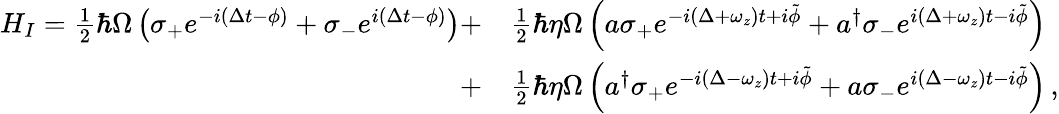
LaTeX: \begin{array}{rl}{H_{I}=\frac{1}{2}\hbar\Omega\left(\sigma_{+}e^{-i(\Delta t-\phi)}+\sigma_{-}e^{i(\Delta t-\phi)}\right)+}&{{}\frac{1}{2}\hbar\eta\Omega\left(a\sigma_{+}e^{-i(\Delta+\omega_{z})t+i\tilde{\phi}}+a^{\dagger}\sigma_{-}e^{i(\Delta+\omega_{z})t-i\tilde{\phi}}\right)}\\ {+}&{{}\frac{1}{2}\hbar\eta\Omega\left(a^{\dagger}\sigma_{+}e^{-i(\Delta-\omega_{z})t+i\tilde{\phi}}+a\sigma_{-}e^{i(\Delta-\omega_{z})t-i\tilde{\phi}}\right)\, ,}\end{array}